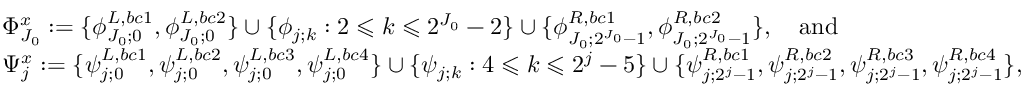
\begin{array} { r l } & { \Phi _ { J _ { 0 } } ^ { x } : = \{ \phi _ { J _ { 0 } ; 0 } ^ { L , b c 1 } , \phi _ { J _ { 0 } ; 0 } ^ { L , b c 2 } \} \cup \{ \phi _ { j ; k } : 2 \leqslant k \leqslant 2 ^ { J _ { 0 } } - 2 \} \cup \{ \phi _ { J _ { 0 } ; 2 ^ { J _ { 0 } } - 1 } ^ { R , b c 1 } , \phi _ { J _ { 0 } ; 2 ^ { J _ { 0 } } - 1 } ^ { R , b c 2 } \} , \quad \mathrm { a n d } } \\ & { \Psi _ { j } ^ { x } : = \{ \psi _ { j ; 0 } ^ { L , b c 1 } , \psi _ { j ; 0 } ^ { L , b c 2 } , \psi _ { j ; 0 } ^ { L , b c 3 } , \psi _ { j ; 0 } ^ { L , b c 4 } \} \cup \{ \psi _ { j ; k } : 4 \leqslant k \leqslant 2 ^ { j } - 5 \} \cup \{ \psi _ { j ; 2 ^ { j } - 1 } ^ { R , b c 1 } , \psi _ { j ; 2 ^ { j } - 1 } ^ { R , b c 2 } , \psi _ { j ; 2 ^ { j } - 1 } ^ { R , b c 3 } , \psi _ { j ; 2 ^ { j } - 1 } ^ { R , b c 4 } \} , } \end{array}